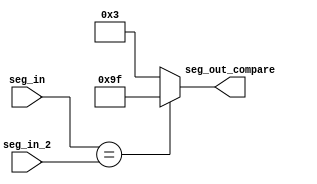
module seven_seg_compare2(
    input [3:0] seg_in,
    input [3:0] seg_in_2,
    output reg [7:0] seg_out_compare
    );
    
    always@(*) begin
    if (seg_in == seg_in_2)
    begin
    seg_out_compare <= 8'b10011111;//I
    end
    else
    begin
    seg_out_compare <= 8'b00000011;//0
    end
    
    end
endmodule